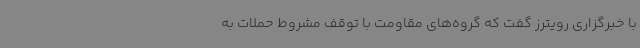
با خبرگزاری رویترز گفت که گروه‌های مقاومت با توقف مشروط حملات به